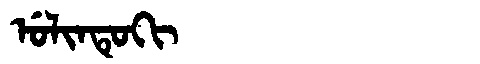
Manchu: ᡠᠯᡳᠨᡨᡠᡴᡳ
Romanization: ULINTUKI